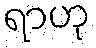
ရာဟု